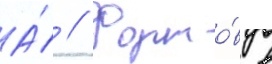
А́ // Форто́в в